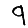
Digit: 9